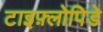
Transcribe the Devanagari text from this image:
टाइफ़्लोपिडे